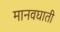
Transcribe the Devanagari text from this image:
मानवघाती